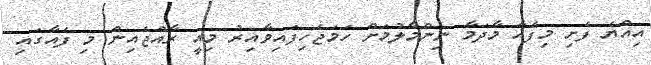
އިއްޔެ ފެށި މިފެއާ މާދަމާ ނިންމާލުމަށް ހަމަޖެހިފައިވާއިރު މިއީ ރާއްޖެއިން މި ފެއާގައި